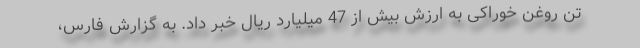
تن روغن خوراکی به ارزش بیش از 47 میلیارد ریال خبر داد. به گزارش فارس،